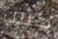
كيف